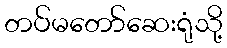
တပ်မတော်ဆေးရုံသို့